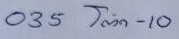
035 = โต๊ด - 10